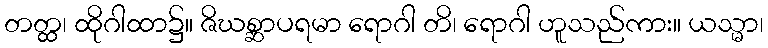
တတ္ထ၊ ထိုဂါထာ၌။ ဇိဃစ္ဆာပရမာ ရောဂါ တိ၊ ရောဂါ ဟူသည်ကား။ ယသ္မာ၊